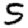
Digit: 5